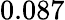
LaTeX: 0.087